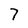
Character: 7